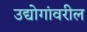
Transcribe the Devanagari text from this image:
उद्योगांवरील